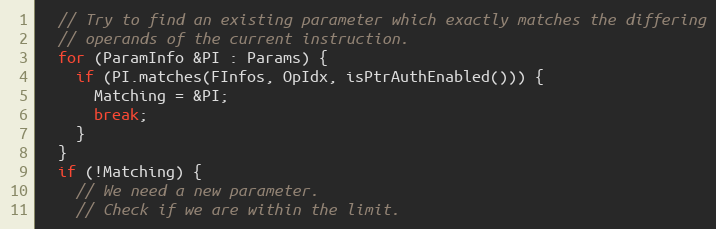
Language: C++
  // Try to find an existing parameter which exactly matches the differing
  // operands of the current instruction.
  for (ParamInfo &PI : Params) {
    if (PI.matches(FInfos, OpIdx, isPtrAuthEnabled())) {
      Matching = &PI;
      break;
    }
  }
  if (!Matching) {
    // We need a new parameter.
    // Check if we are within the limit.